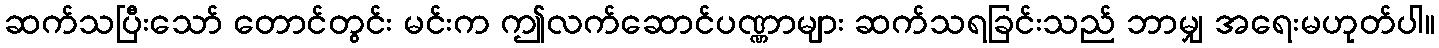
ဆက်သပြီးသော် တောင်တွင်း မင်းက ဤလက်ဆောင်ပဏ္ဏာများ ဆက်သရခြင်းသည် ဘာမျှ အရေးမဟုတ်ပါ။